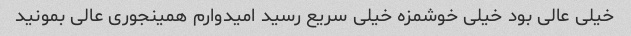
خیلی عالی بود خیلی خوشمزه خیلی سریع رسید امیدوارم همینجوری عالی بمونید